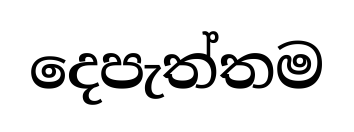
දෙපැත්තම